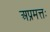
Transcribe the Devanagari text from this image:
अप्रमत्तः